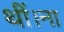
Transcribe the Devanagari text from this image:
थीं।ना